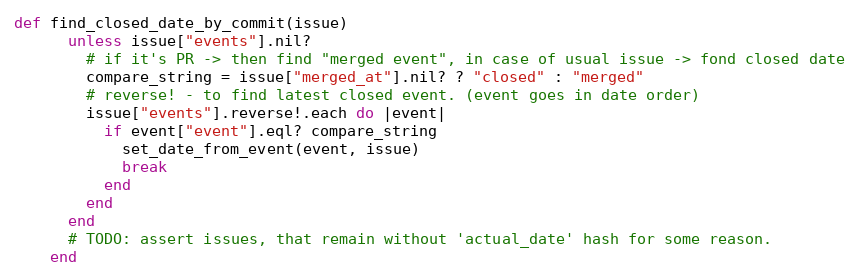
Language: Ruby
def find_closed_date_by_commit(issue)
      unless issue["events"].nil?
        # if it's PR -> then find "merged event", in case of usual issue -> fond closed date
        compare_string = issue["merged_at"].nil? ? "closed" : "merged"
        # reverse! - to find latest closed event. (event goes in date order)
        issue["events"].reverse!.each do |event|
          if event["event"].eql? compare_string
            set_date_from_event(event, issue)
            break
          end
        end
      end
      # TODO: assert issues, that remain without 'actual_date' hash for some reason.
    end